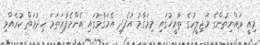
މިއީ ރައްޔިތުންގެ މަޖިލީހުގެ ތާރީޚުގައި މިމަޤާމު އުފެދި އެމަޤާމުގައި އެންމެފުރަތަމަ ޚިދުމަތް ކުރެއްވި